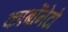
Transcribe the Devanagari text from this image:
कार्बोनेटो